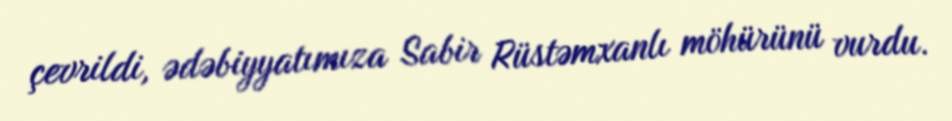
çevrildi, ədəbiyyatımıza Sabir Rüstəmxanlı möhürünü vurdu.